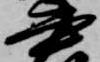
書